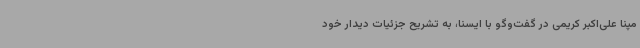
مپنا علی‌اکبر کریمی در گفت‌وگو با ایسنا، به تشریح جزئیات دیدار خود